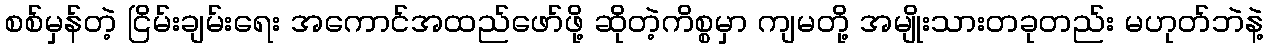
စစ်မှန်တဲ့ ငြိမ်းချမ်းရေး အကောင်အထည်ဖော်ဖို့ ဆိုတဲ့ကိစ္စမှာ ကျမတို့ အမျိုးသားတခုတည်း မဟုတ်ဘဲနဲ့